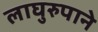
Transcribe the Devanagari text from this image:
लाघुरुपाने